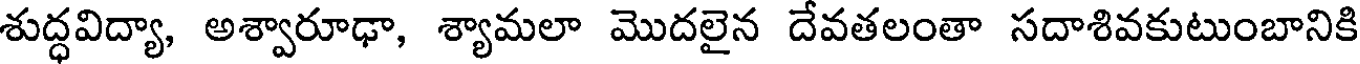
శుద్ధవిద్యా, అశ్వారూఢా, శ్యామలా మొదలైన దేవతలంతా సదాశివకుటుంబానికి